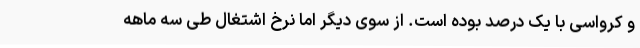
و کرواسی با یک درصد بوده است. از سوی دیگر اما نرخ اشتغال طی سه ماهه